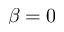
\beta = 0